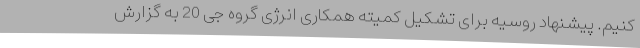
کنیم. پیشنهاد روسیه برای تشکیل کمیته همکاری انرژی گروه جی 20 به گزارش